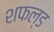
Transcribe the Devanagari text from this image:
शफल्ड